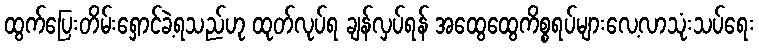
ထွက်ပြေးတိမ်းရှောင်ခဲ့ရသည်ဟု ထုတ်လုပ်ရ ချန်လှပ်ရန် အထွေထွေကိစ္စရပ်များလေ့လာသုံးသပ်ရေး